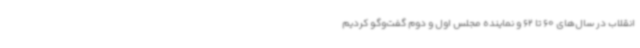
انقلاب در سال‌های 60 تا 62 و نماینده مجلس اول و دوم گفت‌وگو کردیم